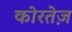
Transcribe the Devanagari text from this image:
कोरतेज़